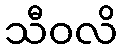
သီဝလိ